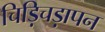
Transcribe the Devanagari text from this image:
चिड़िचड़ापन